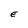
Character: E